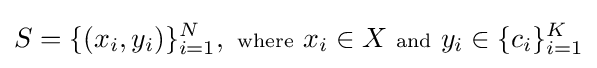
S=\{(x_{i},y_{i})\}_{i=1}^{N},\ {\scriptstyle {\text{where}}}\ x_{i}\in X\ {\scriptstyle {\text{and}}}\ y_{i}\in \{c_{i}\}_{i=1}^{K}